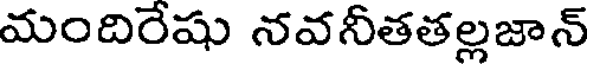
మందిరేషు నవనీతతల్లజాన్